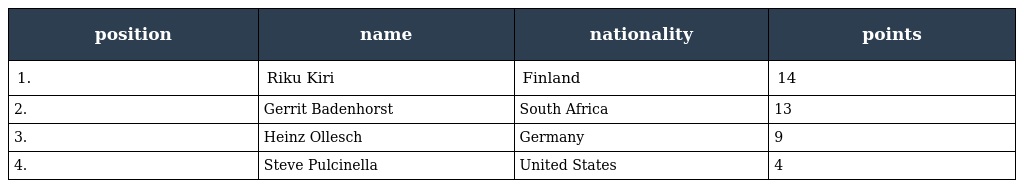
| position | name | nationality | points |
 | --- | --- | --- | --- |
 | 1. | Riku Kiri | Finland | 14 |
 | 2. | Gerrit Badenhorst | South Africa | 13 |
 | 3. | Heinz Ollesch | Germany | 9 |
 | 4. | Steve Pulcinella | United States | 4 |